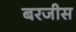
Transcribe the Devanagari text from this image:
बरजीस